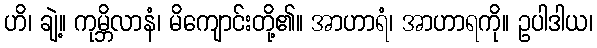
ဟိ၊ ချဲ့။ ကုမ္ဘိလာနံ၊ မိကျောင်းတို့၏။ အာဟာရံ၊ အာဟာရကို။ ဥပါဒါယ၊